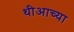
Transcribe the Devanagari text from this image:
थीआच्या